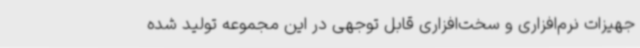
جهیزات نرم‌افزاری و سخت‌افزاری قابل توجهی در این مجموعه تولید شده